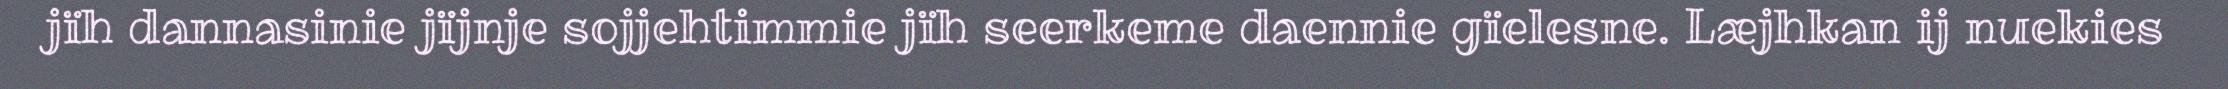
jïh dannasinie jïjnje sojjehtimmie jïh seerkeme daennie gïelesne. Læjhkan ij nuekies